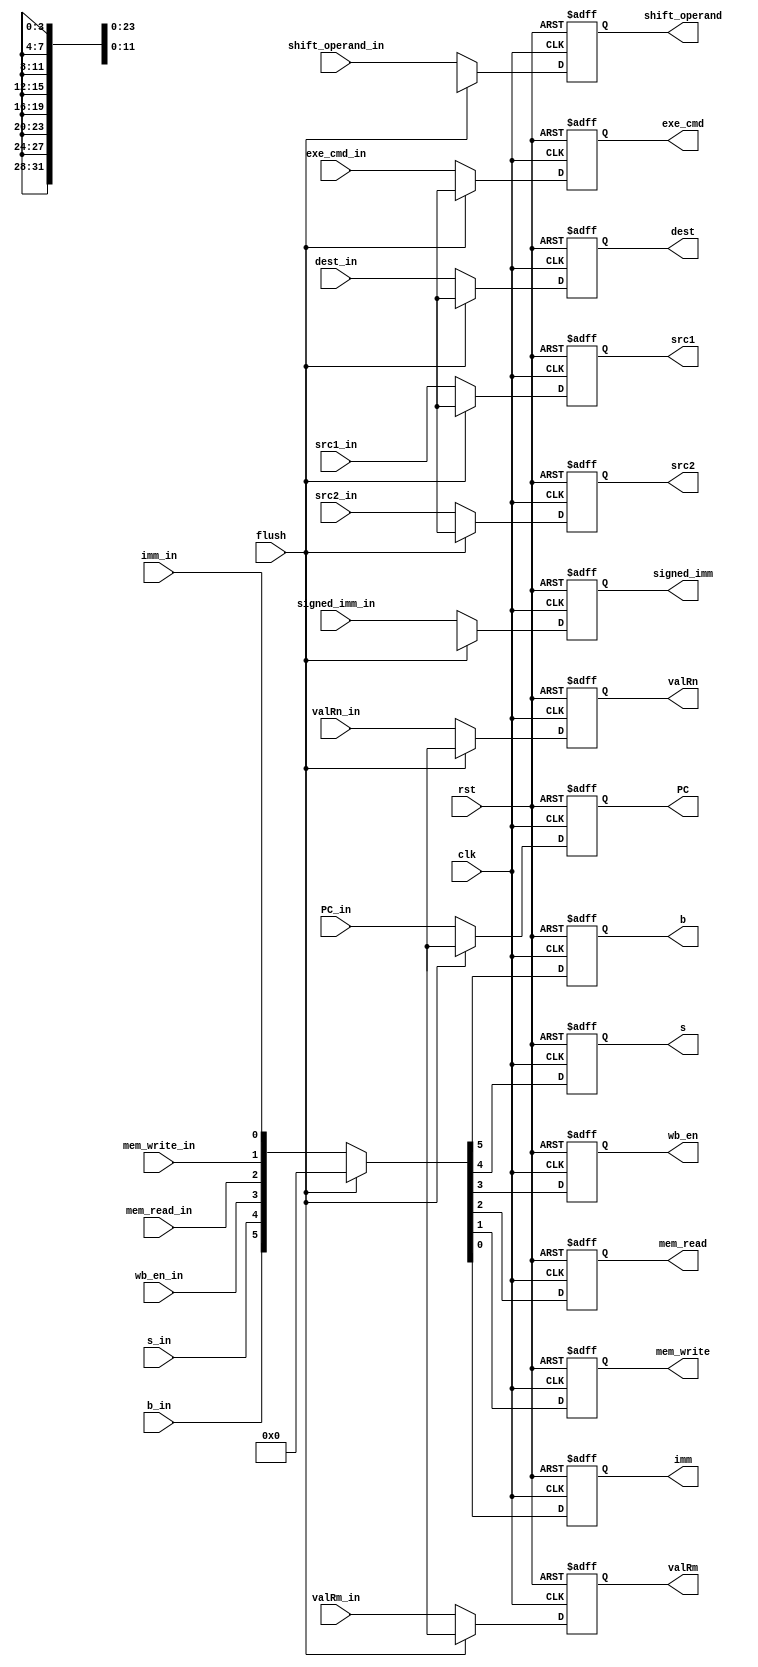
module ID_Stage_Reg(
    input clk, rst, flush, b_in, s_in, wb_en_in, mem_read_in, mem_write_in, imm_in,
    input [3:0] exe_cmd_in, dest_in, src1_in, src2_in,
    input [31:0] PC_in, valRn_in, valRm_in,
    input [11:0] shift_operand_in, 
    input [23:0] signed_imm_in,
    output reg [31:0] PC, valRn, valRm,
    output reg b, s, wb_en, mem_read, mem_write,imm,
    output reg [3:0] exe_cmd, dest, src1, src2,
    output reg [11:0] shift_operand,
    output reg [23:0] signed_imm);

    always@(posedge clk, posedge rst) begin
        if(rst) begin
            PC <= 32'bx;
            {b, s, wb_en, mem_read, mem_write, imm} <= 6'b0;
            exe_cmd <= 4'bx;
            valRn <= 32'bx;
            valRm <= 32'bx;
            dest <= 4'bx;
            src1 <= 4'bx;
            src2 <= 4'bx;
            shift_operand <= 12'bx;
            signed_imm <= 24'bx;
        end
        else if(flush) begin
            PC <= 32'bx;
            {b, s, wb_en, mem_read, mem_write, imm} <= 6'b0;
            exe_cmd <= 4'bx;
            valRn <= 32'bx;
            valRm <= 32'bx;
            dest <= 4'bx;
            src1 <= 4'bx;
            src2 <= 4'bx;
            shift_operand <= 12'bx;
            signed_imm <= 24'bx;
        end
        else begin
            PC <= PC_in;
            {b,s, wb_en, mem_read, mem_write, imm} <= {b_in,s_in, wb_en_in, mem_read_in, mem_write_in, imm_in};
            exe_cmd <= exe_cmd_in;
            valRn <= valRn_in;
            valRm <= valRm_in;
            dest <= dest_in;
            src1 <= src1_in;
            src2 <= src2_in;
            shift_operand <= shift_operand_in;
            signed_imm <= signed_imm_in;
        end
    end
endmodule